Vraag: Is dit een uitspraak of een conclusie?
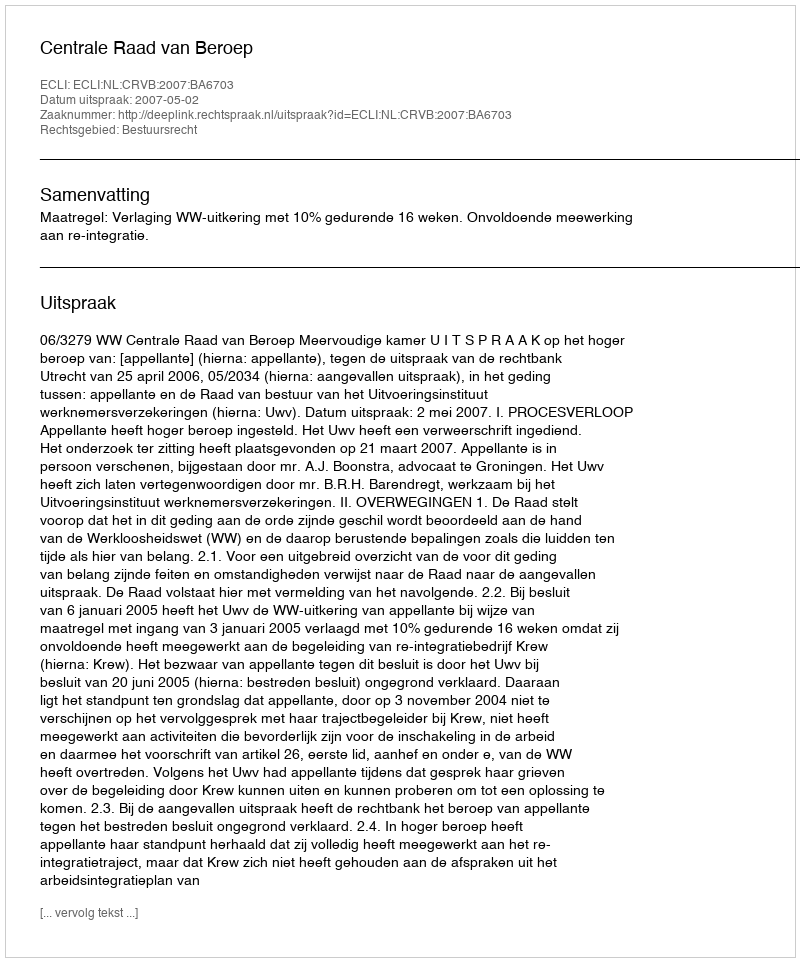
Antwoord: Uitspraak